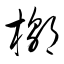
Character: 槨